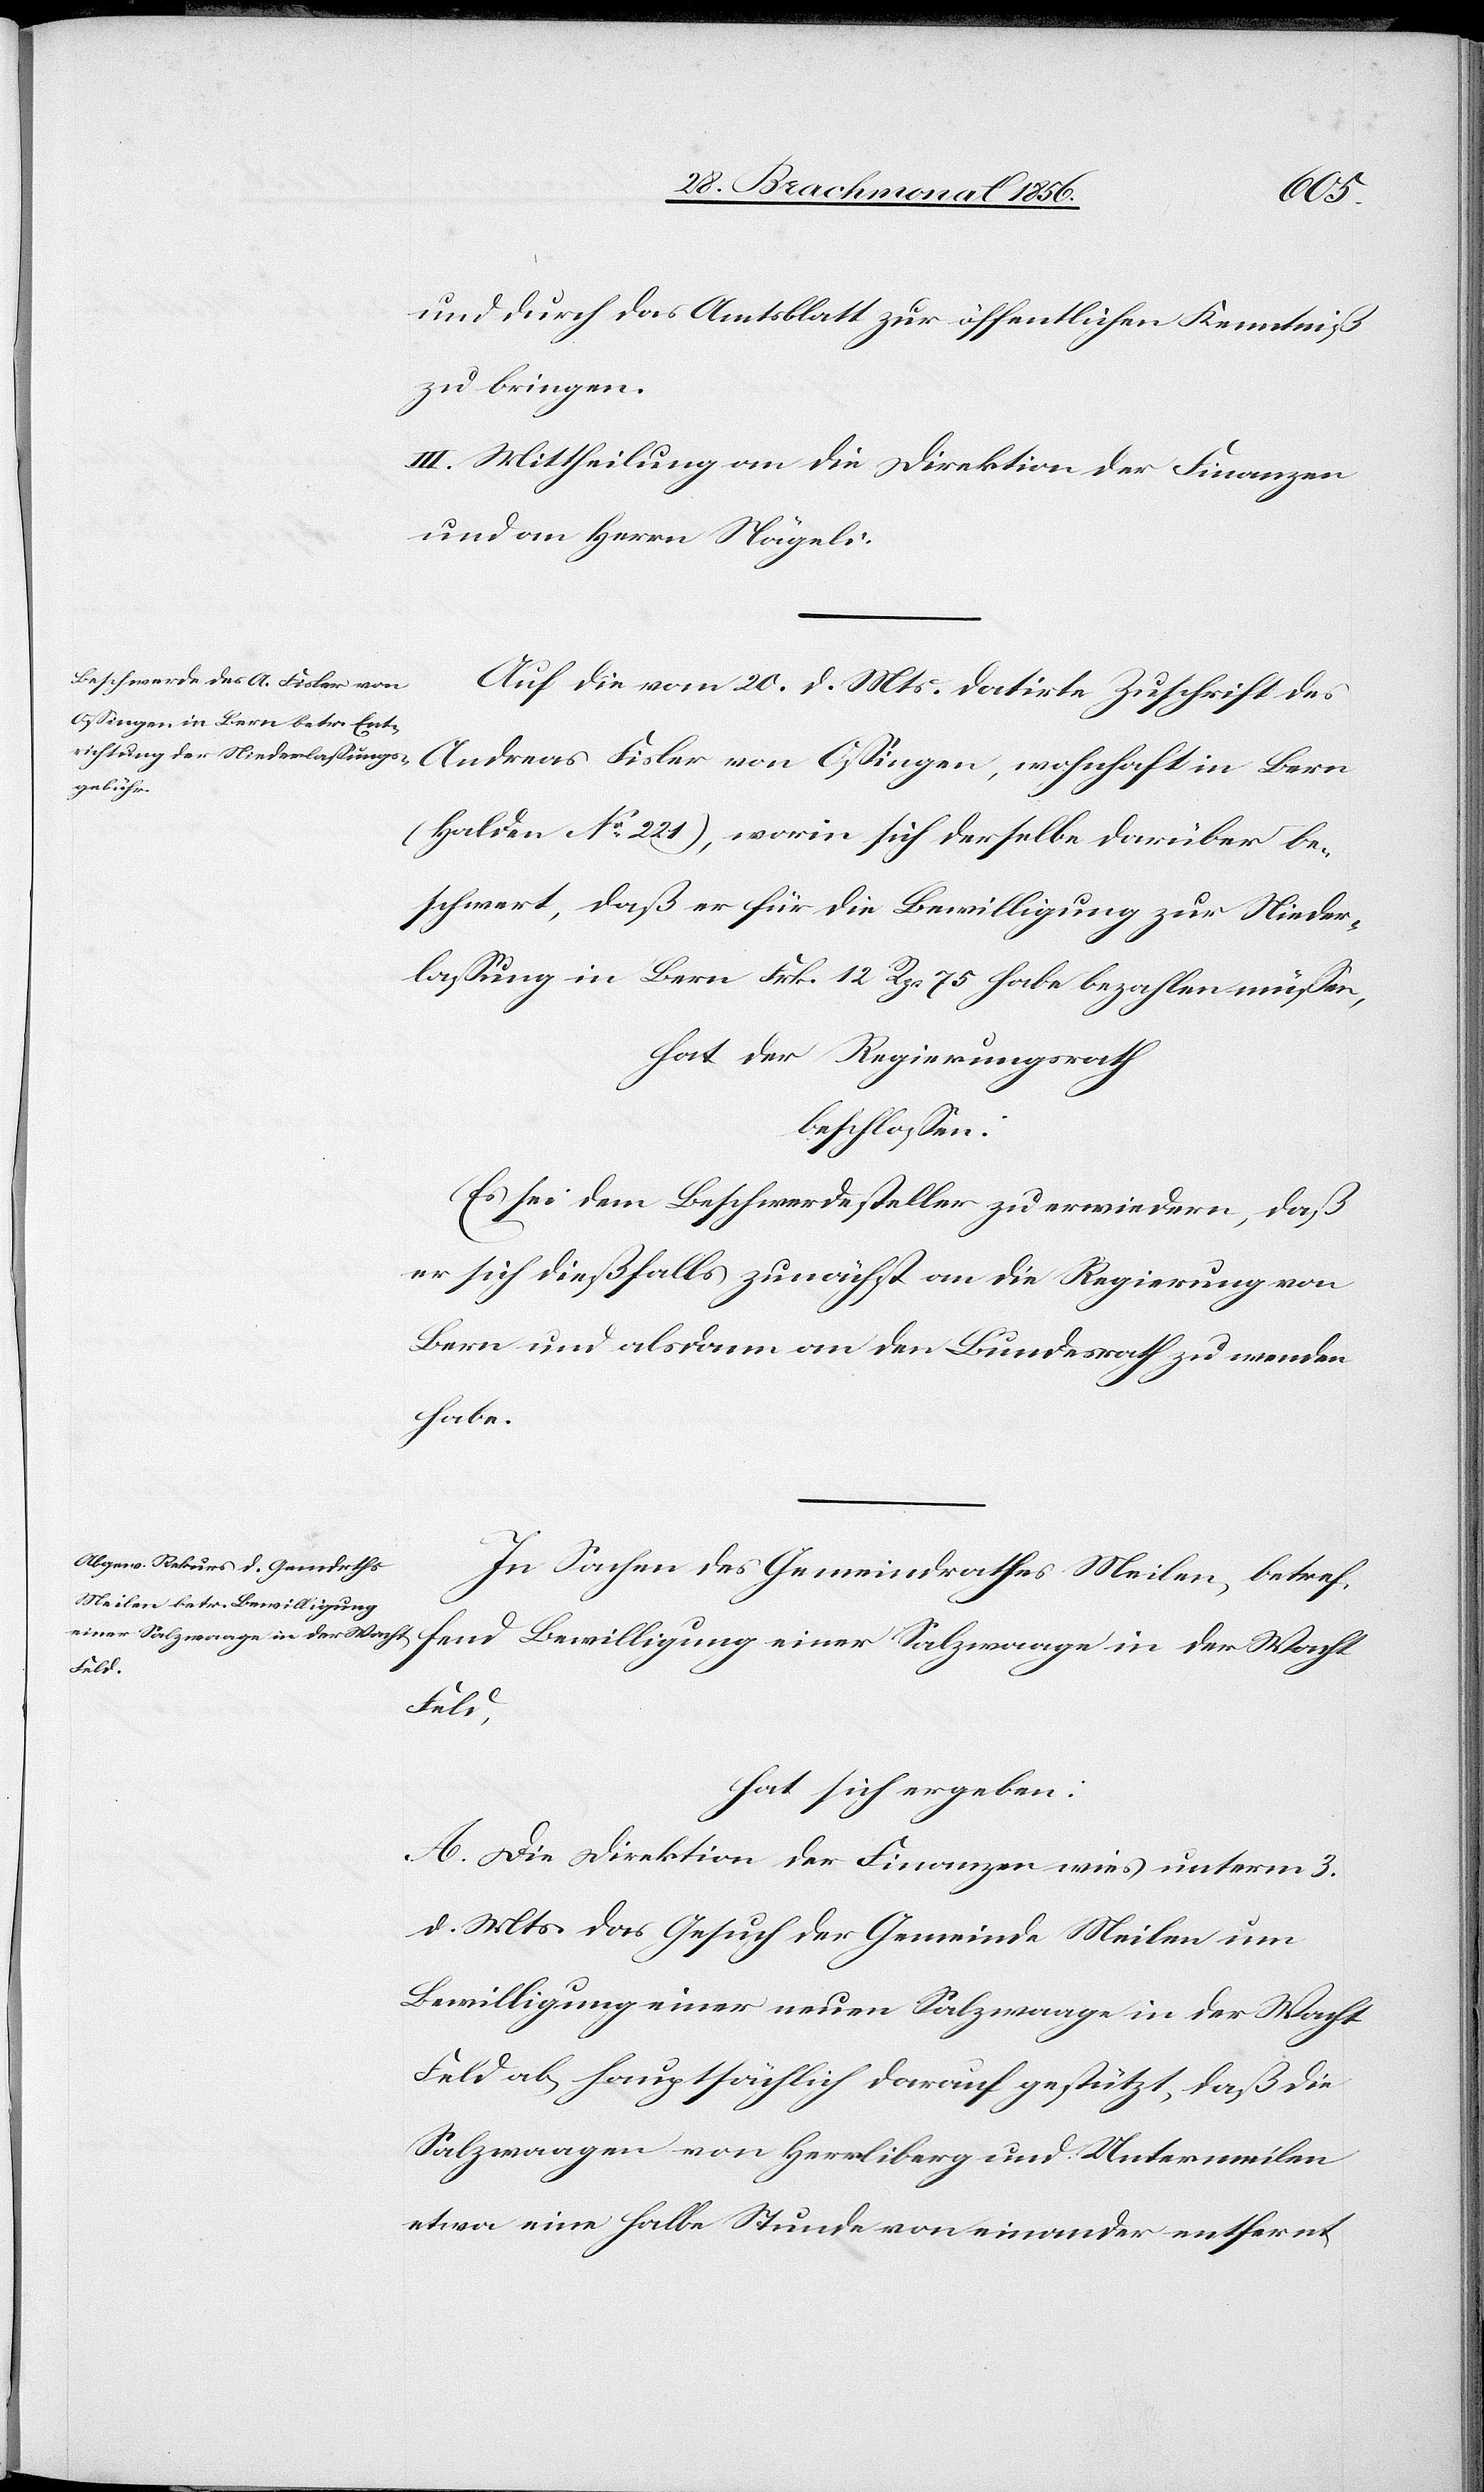
Fis¬
und durch das Amtsblatt zur öffentlichen Kenntniß
zu bringen.
III. Mittheilung an die Direktion der Finanzen
und an Herrn Nägeli.
Auf die vom 20. d. Mts. datirte Zuschrift des
(Halden No 221), worin sich derselbe darüber be¬
schwert, daß er für die Bewilligung zur Nieder¬
lassung in Bern Frk. 12 Rp. 75 habe bezahlen müssen,
hat der Regierungsrath
beschlossen:
Es sei dem Beschwerdesteller zu erwiedern, daß
er sich dießfalls zunächst an die Regierung von
Bern und alsdann an den Bundesrath zu wenden
habe.
In Sachen des Gemeindrathes Meilen, betref¬
fend Bewilligung einer Salzwaage in der Wacht
Feld,
hat sich ergeben:
A. Die Direktion der Finanzen wies unterm 3.
d. Mts. das Gesuch der Gemeinde Meilen um
Bewilligung einer neuen Salzwaage in der Wacht
Feld ab, hauptsächlich darauf gestützt, daß die
Salzwaagen von Herrliberg und Untermeilen
etwa eine halbe Stunde von einander entfernt